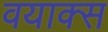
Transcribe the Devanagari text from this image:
वयाक्स